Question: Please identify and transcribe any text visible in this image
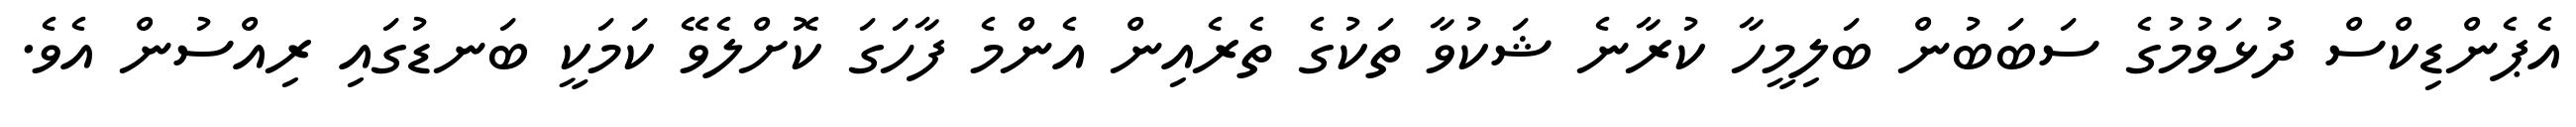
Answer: އެޕެންޑިކްސް ދުޅަވުމުގެ ސަބަބުން ބަލިމީހާ ކުރާނެ ޝަކުވާ ތަކުގެ ތެރެއިން އެންމެ ފާހަގަ ކޮށްލެވޭ ކަމަކީ ބަނޑުގައި ރިއްސުން އެވެ.